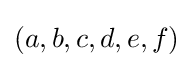
(a,b,c,d,e,f)